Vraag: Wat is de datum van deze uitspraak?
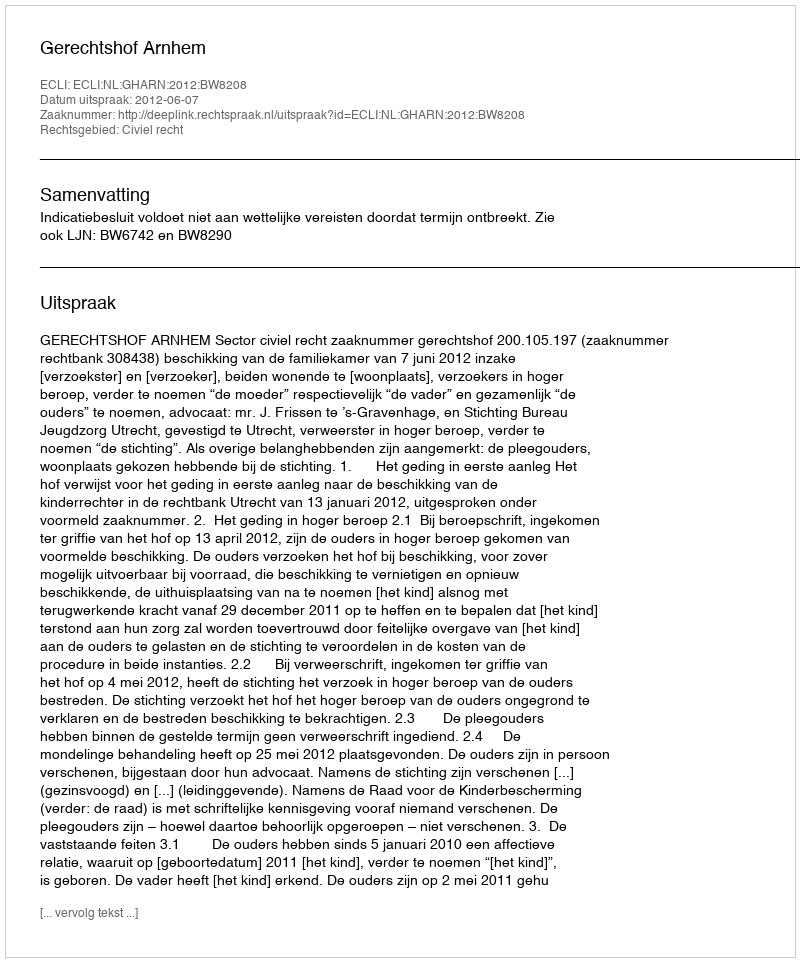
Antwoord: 2012-06-07